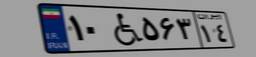
۱۰W۵۶۳۱۴